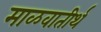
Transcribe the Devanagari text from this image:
माळवातीर्थ